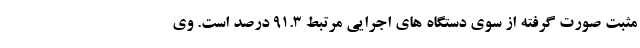
مثبت صورت گرفته از سوی دستگاه های اجرایی مرتبط ۹۱.۳ درصد است. وی